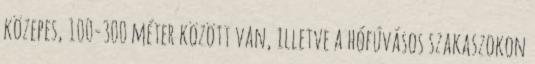
közepes, 100-300 méter között van, illetve a hófúvásos szakaszokon